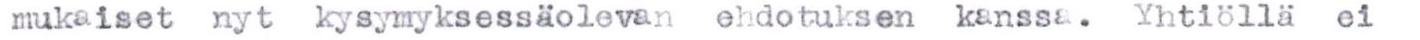
mukaiset nyt kysymyksessäolevan ehdotuksen kanssa. Yhtiöllä ei